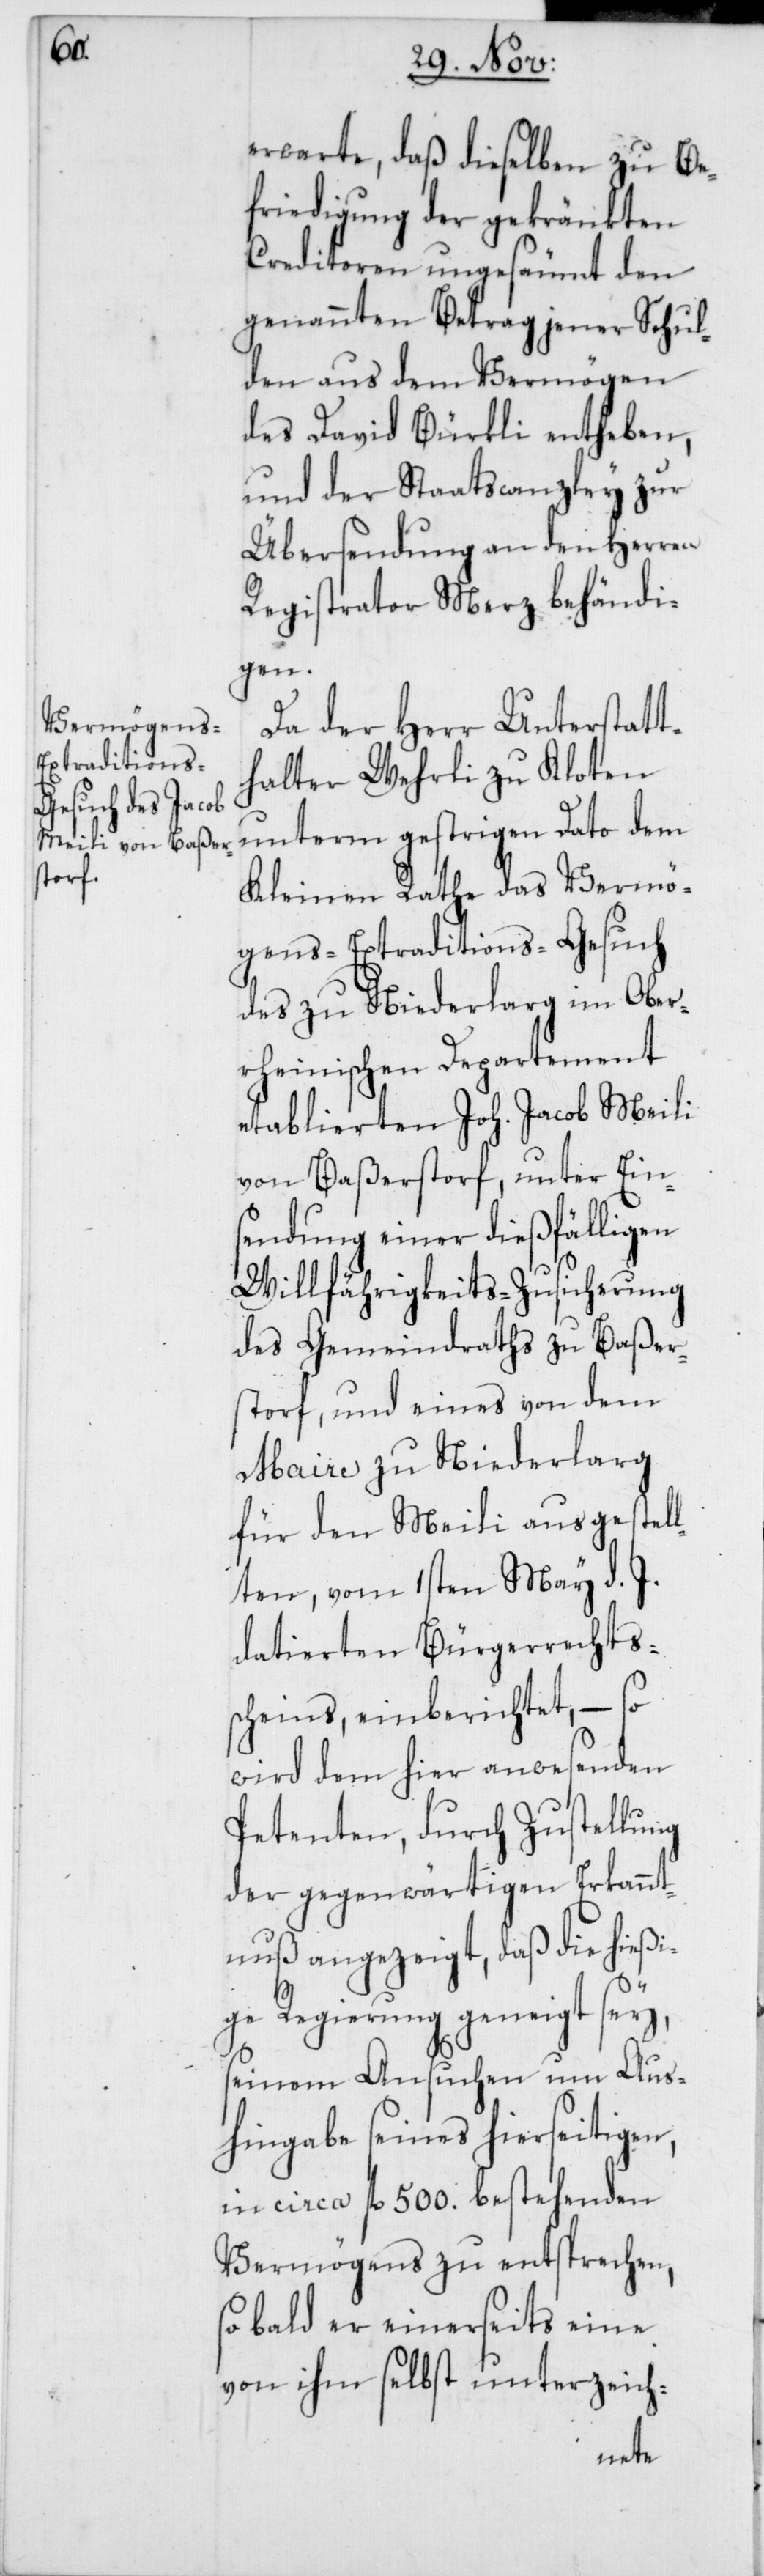
erwarte, daß dieselben zu Be¬
friedigung der gekränkten
Creditoren ungesäumt den
genannten Betrag jener Schul¬
den aus dem Vermögen
des David Bürkli entheben,
und der Staatscanzley zur
Übersendung an den Herren
Registrator Merz behändi¬
gen.
Da der Herr Unterstatt¬
halter Wehrli zu Kloten
unterm gestrigen Dato dem
Kleinen Rathe das Vermö¬
gens-Extraditions-Gesuch
des zu Niederlarg im Ober¬
rheinischen Departement
etablierten Joh. Jacob Meili
von Baßerstorf, unter Ein¬
sendung einer dießfälligen
Willfährigkeits-Zusicherung
des Gemeindraths zu Baßer¬
storf, und eines von dem
Maire zu Niederlarg
für den Meili ausgestel¬
lten, vom 1sten May d. J.
datierten Bürgerrechts¬
scheins, einberichtet, – so
wird dem hier anwesenden
Petenten, durch Zustellung
der gegenwärtigen Erkannt¬
nuß angezeigt, daß die hießi¬
ge Regierung geneigt sey,
seinem Ansuchen um Aus¬
hingabe seines hierseitigen,
in circa fl. 500. bestehenden
Vermögens zu entsprechen,
sobald er einerseits eine
von ihm selbst unterzeich-